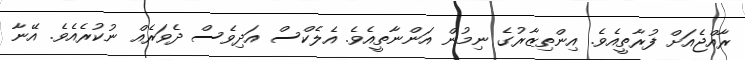
ރާއްޖެއަށް ފުރާތީއެވެ. އިންތިޒާރުގެ ނިމުން އަންނާތީއެވެ. އެލެކްސް އަދިވެސް ދެވަރެއް ނުކުރެއެވެ. އޭނާ